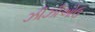
ઝીઝીઓઉ